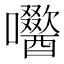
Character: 𭌼